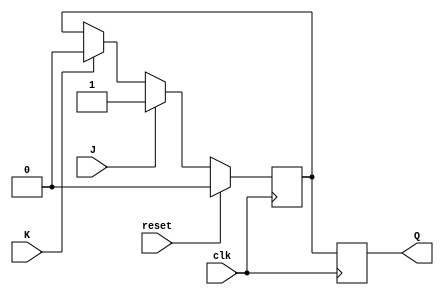
module JK_FlipFlop(
    input wire clk, // clock signal
    input wire reset, // asynchronous reset signal
    input wire J, // input for setting the output
    input wire K, // input for resetting the output
    output reg Q // output of the JK flip-flop
);

reg Q_temp;

// Master flip-flop
always @(posedge clk) begin
    if (reset) begin
        Q_temp <= 1'b0;
    end else begin
        Q_temp <= J ? 1'b1 : K ? 1'b0 : Q_temp;
    end
end

// Slave flip-flop
always @(negedge clk) begin
    Q <= Q_temp;
end

endmodule